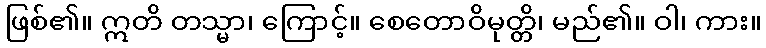
ဖြစ်၏။ ဣတိ တသ္မာ၊ ကြောင့်။ စေတောဝိမုတ္တိ၊ မည်၏။ ဝါ၊ ကား။